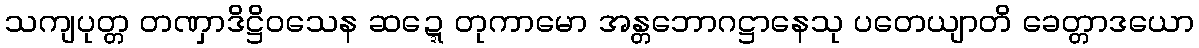
သကျပုတ္တ တဏှာဒိဋ္ဌိဝသေန ဆဍ္ဍေတုကာမော အန္တဘောဂဋ္ဌာနေသု ပတေယျာတိ ခေတ္တာဒယော